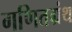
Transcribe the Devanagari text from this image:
गणितग्रंथ